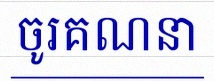
ចូរគណនា